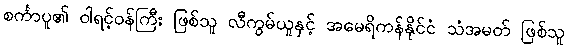
စင်္ကာပူ၏ ဝါရင့်ဝန်ကြီး ဖြစ်သူ လီကွမ်ယူနှင့် အမေရိကန်နိုင်ငံ သံအမတ် ဖြစ်သူ